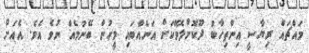
މައްޗައް ރިޔާސީ އިންތިހާބު ދޫކޮށްލެވޭކަށް އަނެއްބައި މީހުން ބޭނުމެއް ނުވެ އެވެ. އެއަށް